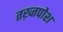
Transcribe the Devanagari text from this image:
तख़्तपोश